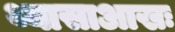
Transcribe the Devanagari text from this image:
थ्यासाआखः